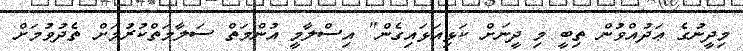
މިދީނުގެ ޢަދުއްވުން ތިބީ މި ދީނަށް ކަޅިއަޅައިގެން" އިސްލާމީ އުންމަތް ސަލާމަތްކުރުމަށް ތެދުވުމަށް